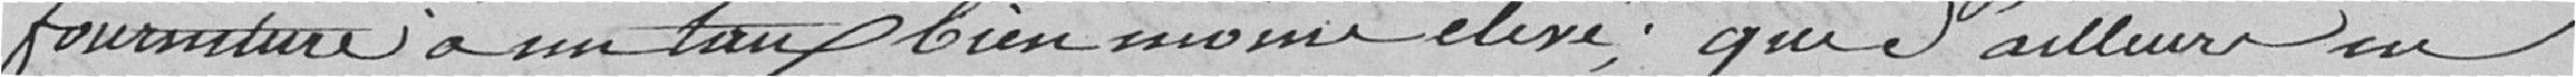
fourniture à un taux bien moins élevé ; que d'ailleurs en